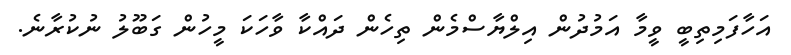
އަހާފަމިތިބީ ވީމާ އަމުދުން އިލްޔާސްމެން ތިހެން ދައްކާ ވާހަކަ މީހުން ގަބޫލު ނުކުރާނެ.